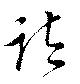
諸